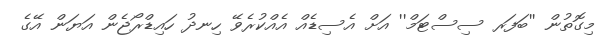
މިގޮތުން ''ބަފަރ ސިސްޓަމް'' އަށް އެސިޑެއް އެއްކުރެވޭ ހިނދު ހައިޑްރޯޖެން އަޔަން އޭގެ